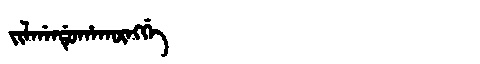
Manchu: ᠵᡳᠯᡤᠠᠨᡩᡠᡥᠠᡴᡡᠩᡤᡝ
Romanization: JILGANDUHAKŪNGGE